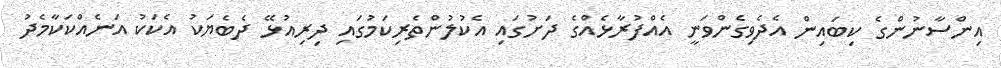
އިންސާނުންގެ ކިބައިން އެދެވިގެންވަނީ އެއްފުރާޅެއްގެ ދަށުގައި އެކުލުންތެރިކަމުގައި ދިރިއުޅޭ ދެބެޔަކު އެކަކު އަނެއްކަކާމެދު